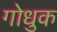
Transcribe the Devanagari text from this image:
गोधुक